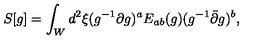
S [ g ] = \int _ { W } d ^ { 2 } \xi ( g ^ { - 1 } \partial g ) ^ { a } E _ { a b } ( g ) ( g ^ { - 1 } \bar { \partial } g ) ^ { b } ,